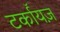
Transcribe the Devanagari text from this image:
टर्कॉयज़